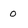
Character: 0